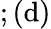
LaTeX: ;(\mathrm{d})